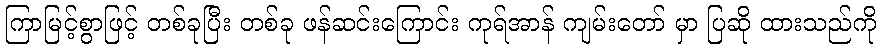
ကြာမြင့်စွာဖြင့် တစ်ခုပြီး တစ်ခု ဖန်ဆင်းကြောင်း ကုရ်အာန် ကျမ်းတော် မှာ ပြဆို ထားသည်ကို